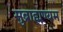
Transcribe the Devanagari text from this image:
सुब्राह्मण्यम